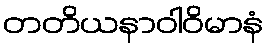
တတိယနာဝါဝိမာနံ